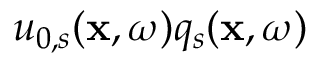
u _ { 0 , s } ( \mathbf { x } , \omega ) q _ { s } ( \mathbf { x } , \omega )